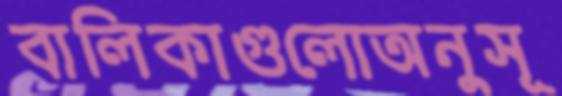
বালিকাগুলোঅনুসূ